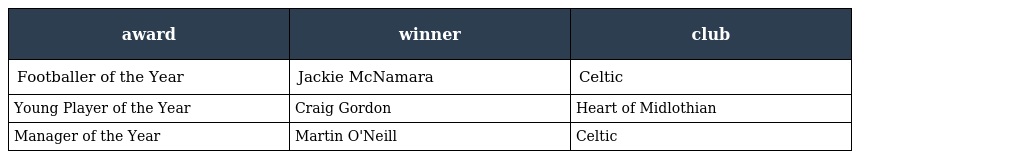
| award | winner | club |
 | --- | --- | --- |
 | Footballer of the Year | Jackie McNamara | Celtic |
 | Young Player of the Year | Craig Gordon | Heart of Midlothian |
 | Manager of the Year | Martin O'Neill | Celtic |